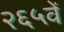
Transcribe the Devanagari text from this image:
२६५वें